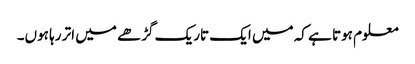
معلوم ہوتا ہے کہ میں ایک تاریک گڑھے میں اتر رہا ہوں۔